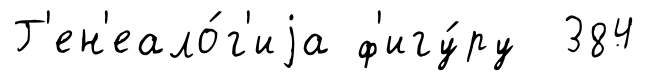
Г'ен'еало́г'иjа ф'игу́ру 384